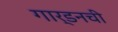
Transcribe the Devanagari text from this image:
गार्डनची